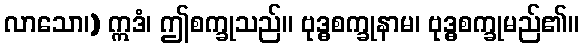
လာသော၊) ဣဒံ၊ ဤစက္ခုသည်။ ဗုဒ္ဓစက္ခုနာမ၊ ဗုဒ္ဓစက္ခုမည်၏။